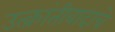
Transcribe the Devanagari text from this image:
उत्क्रांतीवादाचे